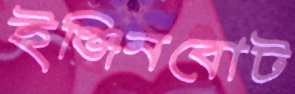
ইঞ্জিনবোট